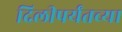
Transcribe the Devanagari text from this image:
दिलीपर्यंतच्या